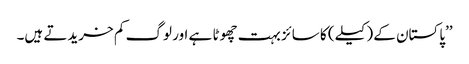
’’پاکستان کے (کیلے) کا سائز بہت چھوٹا ہے اور لوگ کم خریدتے ہیں۔